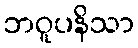
ဘဝူပနိသာ